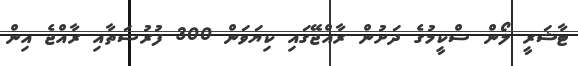
ޓާޝަރީ ލޯން ސްކީމުގެ ދަށުން ރާއްޖޭގައި ކިޔަވަން 300 ފުރުސަތާއި ރާއްޖެ އިން